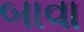
બાવા